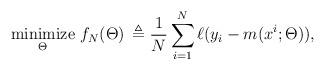
LaTeX: \begin{align*} \displaystyle{\operatornamewithlimits{\mbox{minimize}}_{\Theta}} \ f_N(\Theta) \, \triangleq \displaystyle{\frac{1}{N}} \, \displaystyle{\sum_{i=1}^N} \, \ell( y_i - m(x^i;\Theta) ),\end{align*}